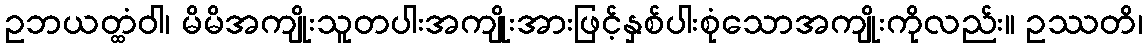
ဥဘယတ္ထံဝါ၊ မိမိအကျိုးသူတပါးအကျိုးအားဖြင့်နှစ်ပါးစုံသောအကျိုးကိုလည်း။ ဥဿတိ၊